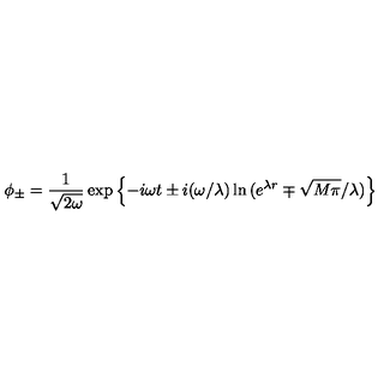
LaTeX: \phi _ { \pm } = \frac { 1 } { \sqrt { 2 \omega } } \exp \left\{ - i \omega t \pm i ( \omega / \lambda ) \ln { ( e ^ { \lambda r } \mp \sqrt { M \pi } / \lambda ) } \right\}